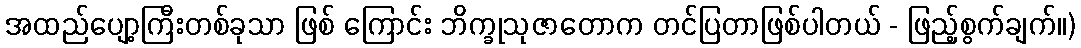
အထည်ပျော့ကြီးတစ်ခုသာ ဖြစ် ကြောင်း ဘိက္ခုသုဇာတောက တင်ပြတာဖြစ်ပါတယ် - ဖြည့်စွက်ချက်။)